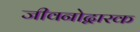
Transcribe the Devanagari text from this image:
जीवनोद्वारक